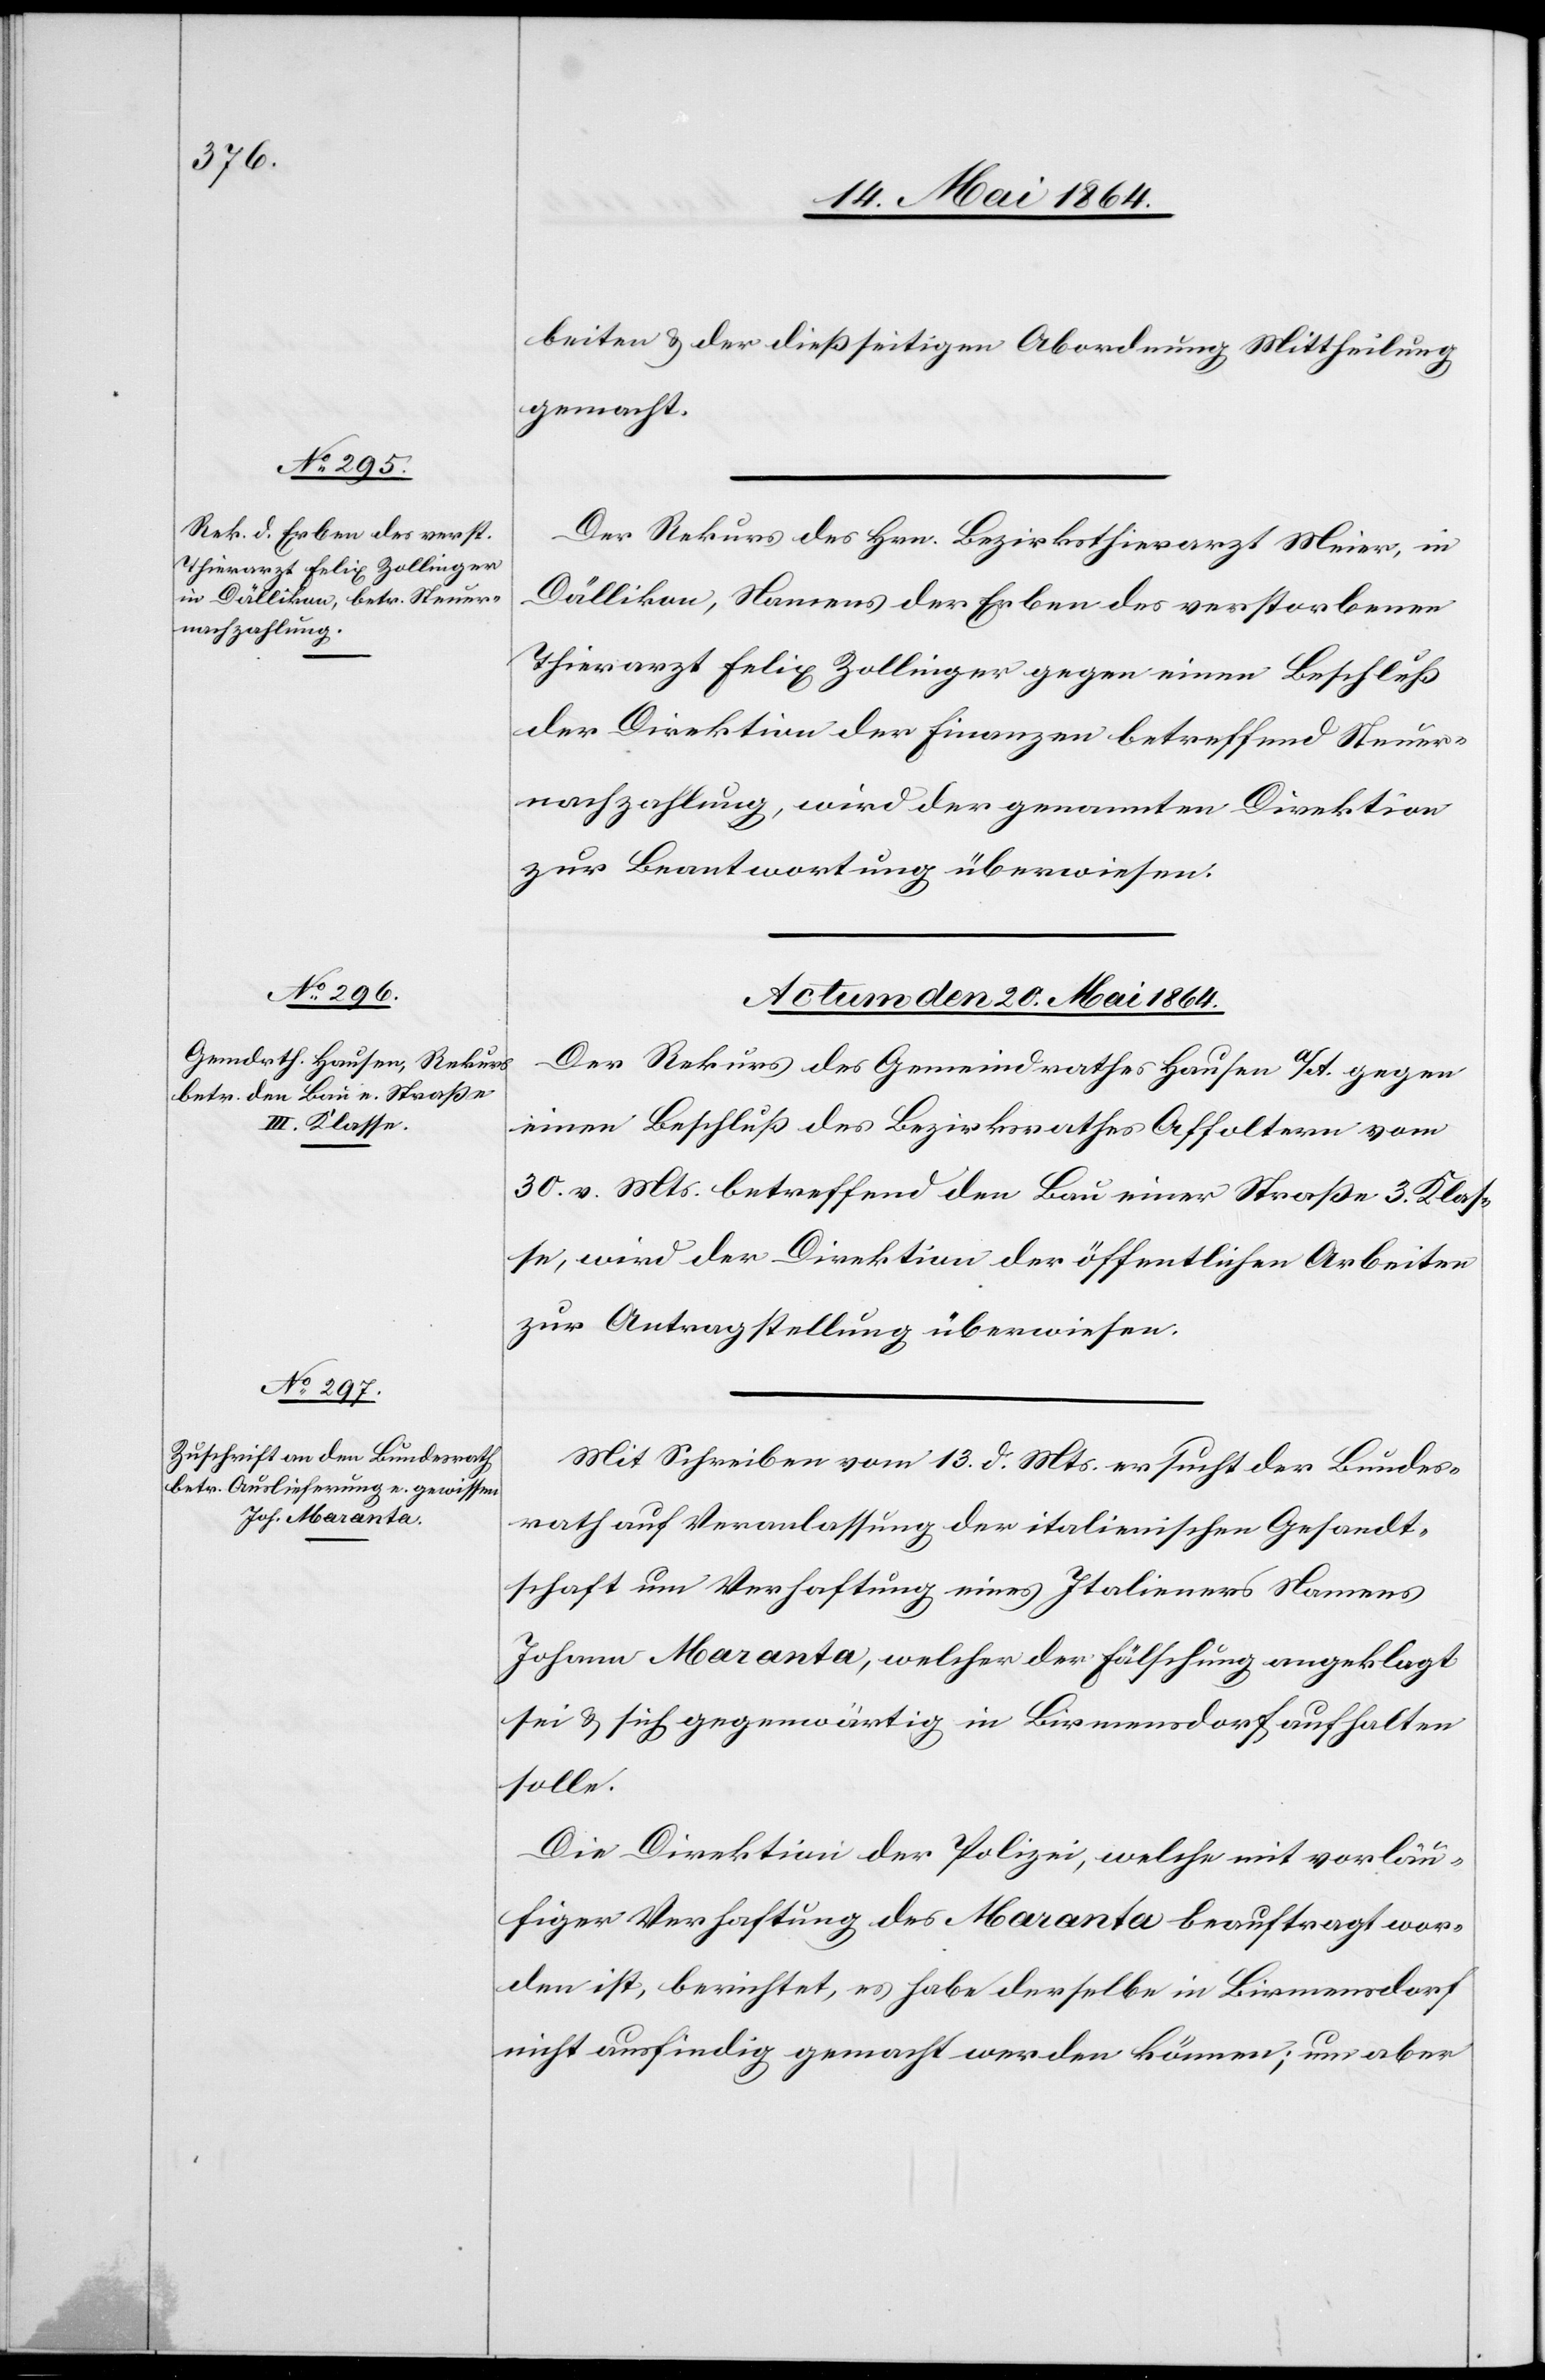
beiten u. der dießseitigen Abordnung Mittheilung
gemacht.
Der Rekurs des Hrn. Bezirksthierarzt Meier, in
Dällikon, Namens der Erben des verstorbenen
Thierarzt Felix Zollinger gegen einen Beschluß
der Direktion der Finanzen betreffend Steuer¬
nachzahlung, wird der genannten Direktion
zur Beantwortung überwiesen.
Actum den 20. Mai 1864.]
Der Rekurs des Gemeindrathes Hausen a/A. gegen
einen Beschluß des Bezirksrathes Affoltern vom
30. v. Mts. betreffend den Bau einer Straße 3. Klas¬
se, wird der Direktion der öffentlichen Arbeiten
zur Antragstellung überwiesen.
Mit Schreiben vom 13. d. Mts. ersucht der Bundes¬
rath auf Veranlassung der italienischen Gesandt¬
schaft um Verhaftung eines Italieners Namens
Johann Maranta, welcher der Fälschung angeklagt
sei u. sich gegenwärtig in Birmensdorf aufhalten
solle.
Die Direktion der Polizei, welche mit vorläu¬
figer Verhaftung des Maranta beauftragt wor¬
den ist, berichtet, es habe derselbe in Birmensdorf
nicht ausfindig gemacht werden können; um aber